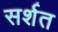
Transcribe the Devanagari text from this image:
सर्शत